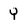
Character: Y